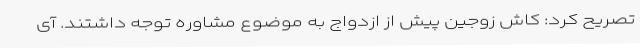
تصریح کرد: کاش زوجین پیش از ازدواج به موضوع مشاوره توجه داشتند. آی